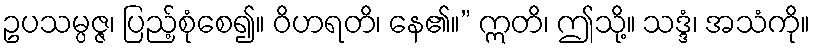
ဥပသမ္ပဇ္ဇ၊ ပြည့်စုံစေ၍။ ဝိဟရတိ၊ နေ၏။” ဣတိ၊ ဤသို့။ သဒ္ဒံ၊ အသံကို။